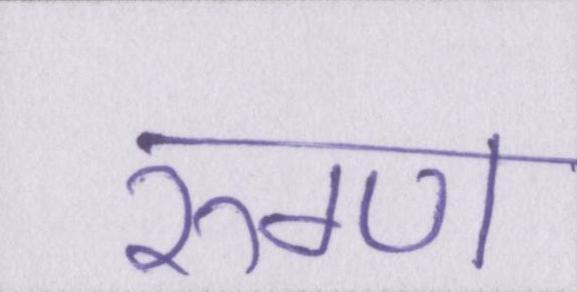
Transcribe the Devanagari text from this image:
रुग्ण